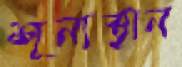
শূন্যস্থান